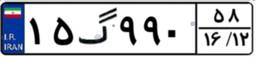
۱۵گ۹۹۰۵۸